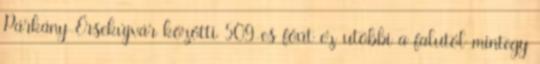
Párkány-Érsekújvár közötti 509-es főút ez utóbbi a falutól mintegy